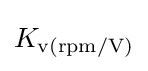
K_{\text{v(rpm/V)}}